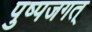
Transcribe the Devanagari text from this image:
पुष्पजगत्